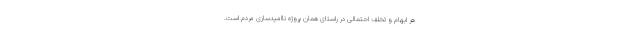
هر ابهام و تخلف احتمالی در راستای همان پروژه ناامیدسازی مردم است.